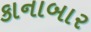
કાનાબાર